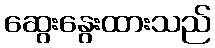
ဆွေးနွေးထားသည်